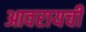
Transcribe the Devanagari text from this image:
आवरायची